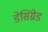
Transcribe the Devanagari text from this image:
डेसिग्नेड